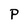
Character: P